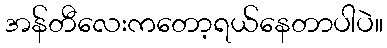
အန်တီလေးကတော့ရယ်နေတာပါပဲ။